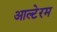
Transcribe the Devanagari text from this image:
आल्टेरम